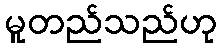
မူတည်သည်ဟု